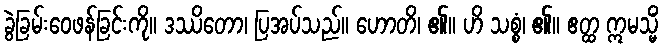
ခွဲခြမ်းဝေဖန်ခြင်းကို။ ဒဿိတော၊ ပြအပ်သည်။ ဟောတိ၊ ၏။ ဟိ သစ္စံ၊ ၏။ ဧတ္ထ ဣမသ္မိံ